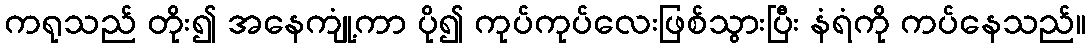
ကရုသည် တိုး၍ အနေကျုံ့ကာ ပို၍ ကုပ်ကုပ်လေးဖြစ်သွားပြီး နံရံကို ကပ်နေသည်။